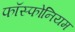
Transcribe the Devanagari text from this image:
फॉस्फोनियम